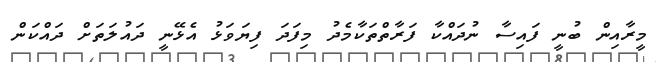
މީރާއިން ބުނީ ފައިސާ ނުދައްކާ ފަރާތްތަކާމެދު މިފަދަ ފިޔަވަޅު އެޅޭނީ ދައުލަތަށް ދައްކަން